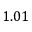
1 . 0 1